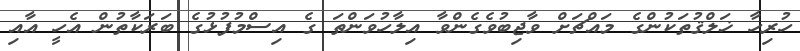
ހުރިހާ ޚަލްޤުތަކުންގެ މައްޗަށް ވާޖިބުވެގެންވާ އިލާހުވަންތަ ގެ އިސްމުފުޅުގެ ބަރަކާތުން އެހީ އާއި